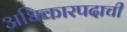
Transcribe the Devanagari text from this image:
अधिकारपदाची